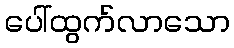
ပေါ်ထွက်လာသော